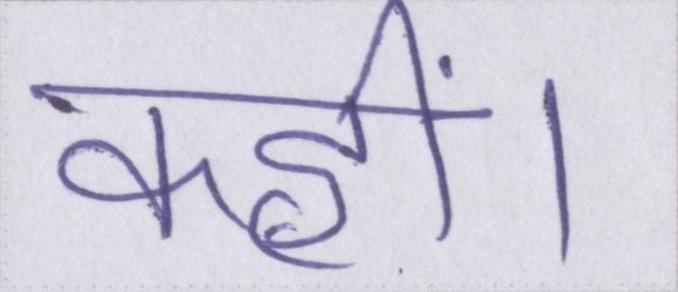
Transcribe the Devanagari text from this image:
कहीं।